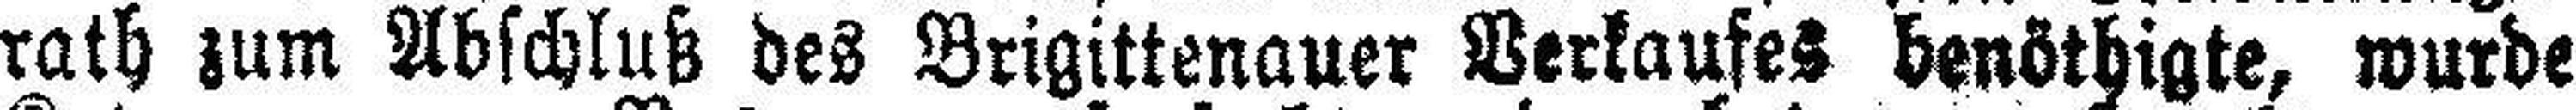
rath zum Abschluß des Brigittenauer Verkaufes benöthigte, wurde